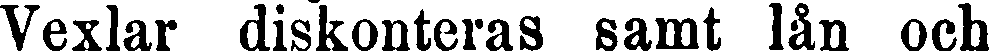
Vexlar diskonteras samt lån och